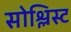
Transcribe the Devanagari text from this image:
सोश्लिस्ट